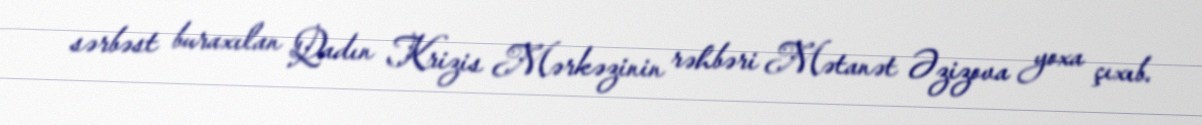
sərbəst buraxılan Qadın Krizis Mərkəzinin rəhbəri Mətanət Əzizova yoxa çıxıb.